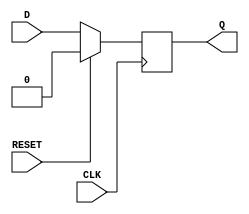
module dff (
    input wire D,
    input wire CLK,
    input wire RESET,
    output reg Q
);

always @(posedge CLK) begin
    if (RESET) begin
        Q <= 1'b0; // Reset the flip-flop to known state
    end else begin
        Q <= D; // Load value of D into the flip-flop on rising edge of CLK
    end
end

endmodule